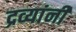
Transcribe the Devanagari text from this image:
द्रव्यांनी